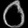
Digit: ၀